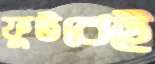
ফুটবেই